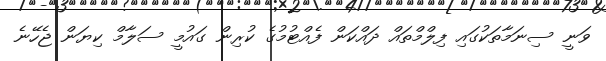
ވަނީ ސިނަމާތަކުގައި ފިލްމްތައް ދައްކަން ފެއްޓުމުގެ ކުރިން ގައުމީ ސަލާމް ކިޔަން ޖެހޭނެ